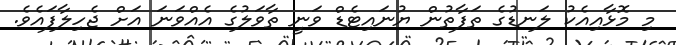
މި މޮޅާއިއެކު ލަނޑުގެ ތަފާތުން ޔުނައިޓެޑް ވަނީ ތާވަލުގެ އެއްވަނަ އަށް ޖެހިލާފައެވެ.